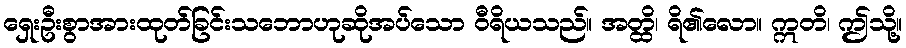
ရှေးဦးစွာအားထုတ်ခြင်းသဘောဟုဆိုအပ်သော ဝီရိယသည်။ အတ္ထိ၊ ရိ၏လော။ ဣတိ၊ ဤသို့။